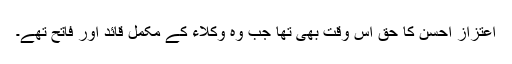
اعتزاز احسن کا حق اس وقت بھی تھا جب وہ وکلاء کے مکمل قائد اور فاتح تھے۔